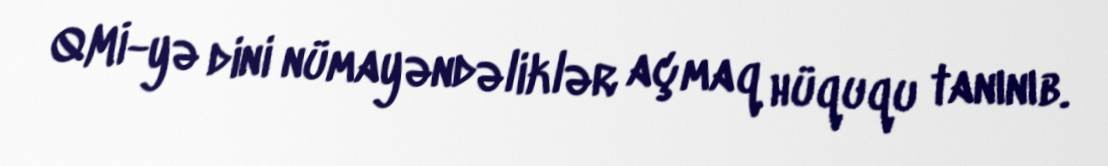
QMİ-yə dini nümayəndəliklər açmaq hüququ tanınıb.